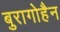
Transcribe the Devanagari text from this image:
बुरागोहैन